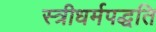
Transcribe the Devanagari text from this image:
स्त्रीधर्मपद्धति